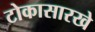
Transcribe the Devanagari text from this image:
टोकासारखे